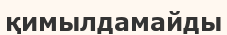
қимылдамайды